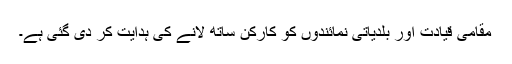
مقامی قیادت اور بلدیاتی نمائندوں کو کارکن ساتھ لانے کی ہدایت کر دی گئی ہے۔